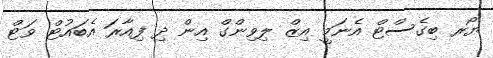
ޔޯރ ބިގެސްޓް އެނަމީ އިޒް ލިވިންގް އިން ދި ފިއާރަ އެބައުޓް ވަޓް